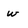
Character: w